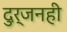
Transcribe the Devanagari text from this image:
दुर्जनही